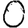
Digit: 0